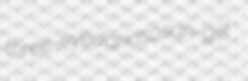
three-eyed arioso sun-gilt